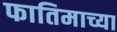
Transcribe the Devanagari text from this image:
फातिमाच्या